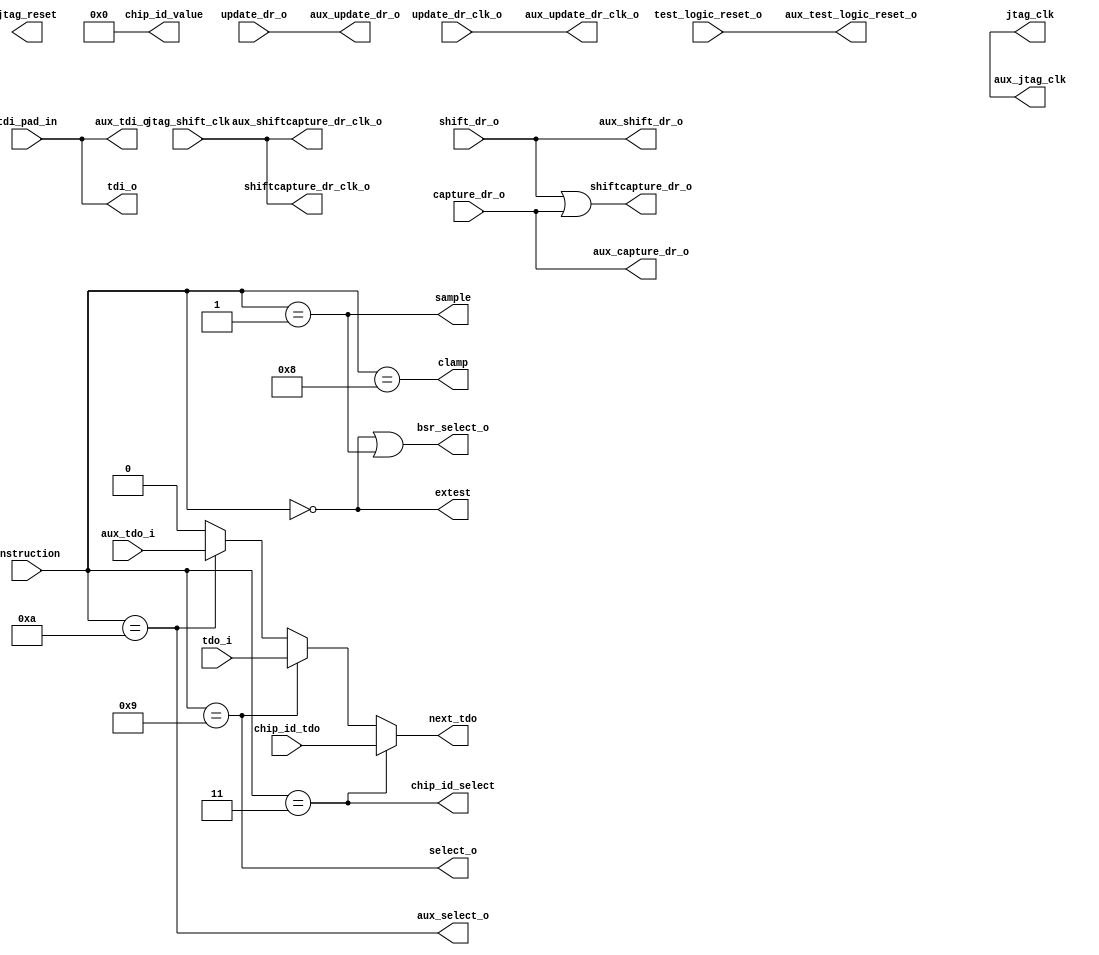
module 
  cde_jtag_tap_logic 
    #( parameter 
      BYPASS=4'b1111,
      CHIP_ID_ACCESS=4'b0011,
      CHIP_ID_VAL=32'h00000000,
      CLAMP=4'b1000,
      EXTEST=4'b0000,
      HIGHZ_MODE=4'b0010,
      INST_LENGTH=4,
      INST_RESET=4'b1111,
      INST_RETURN=4'b1101,
      NUM_USER=2,
      RPC_ADD=4'b1001,
      RPC_DATA=4'b1010,
      SAMPLE=4'b0001,
      USER=8'b1010_1001)
     (
 input   wire                 aux_tdo_i,
 input   wire                 capture_dr_o,
 input   wire                 chip_id_tdo,
 input   wire                 jtag_shift_clk,
 input   wire                 shift_dr_o,
 input   wire                 tdi_pad_in,
 input   wire                 tdo_i,
 input   wire                 test_logic_reset_o,
 input   wire                 update_dr_clk_o,
 input   wire                 update_dr_o,
 input   wire    [ 3 :  0]        instruction,
 output   reg                 next_tdo,
 output   wire                 aux_capture_dr_o,
 output   wire                 aux_jtag_clk,
 output   wire                 aux_select_o,
 output   wire                 aux_shift_dr_o,
 output   wire                 aux_shiftcapture_dr_clk_o,
 output   wire                 aux_tdi_o,
 output   wire                 aux_test_logic_reset_o,
 output   wire                 aux_update_dr_clk_o,
 output   wire                 aux_update_dr_o,
 output   wire                 bsr_select_o,
 output   wire                 chip_id_select,
 output   wire                 clamp,
 output   wire                 extest,
 output   wire                 jtag_clk,
 output   wire                 jtag_reset,
 output   wire                 sample,
 output   wire                 select_o,
 output   wire                 shiftcapture_dr_clk_o,
 output   wire                 shiftcapture_dr_o,
 output   wire                 tdi_o,
 output   wire    [ 31 :  0]        chip_id_value);
//********************************************************************
//*** assignments for 2nd channel
//********************************************************************
 assign      aux_jtag_clk               = jtag_clk;
 assign      aux_update_dr_clk_o        = update_dr_clk_o;
 assign      aux_shiftcapture_dr_clk_o  = shiftcapture_dr_clk_o;
 assign      aux_test_logic_reset_o     = test_logic_reset_o;
 assign      aux_tdi_o                  = tdi_o;
 assign      aux_capture_dr_o           = capture_dr_o;
 assign      aux_shift_dr_o             = shift_dr_o;
 assign      aux_update_dr_o            = update_dr_o;
 assign      chip_id_value              = CHIP_ID_VAL ;
 assign      shiftcapture_dr_o          =  shift_dr_o || capture_dr_o;   
 assign      tdi_o                      =  tdi_pad_in;   
// Instruction Decoder
 assign      extest          = ( instruction == EXTEST );
 assign      sample          = ( instruction == SAMPLE );
 assign      clamp           = ( instruction == CLAMP );
 assign      chip_id_select  = ( instruction == CHIP_ID_ACCESS );
// bypass anytime we are not doing a defined instructions, or if in clamp or bypass mode
 assign      shiftcapture_dr_clk_o     =  jtag_shift_clk;
 assign      select_o                  = ( instruction == RPC_ADD );
 assign      aux_select_o              = ( instruction == RPC_DATA );
 assign      bsr_select_o              = ( instruction == EXTEST ) || ( instruction == SAMPLE )       ;
//****************************************************************
//*** Choose what goes out on the TDO pin
//****************************************************************
always@(*)
  begin
     if(chip_id_select)       next_tdo =  chip_id_tdo;
     else
     if(select_o)             next_tdo =  tdo_i;
     else
     if(aux_select_o)         next_tdo =  aux_tdo_i;
     else                     next_tdo =  1'b0;
  end
  endmodule